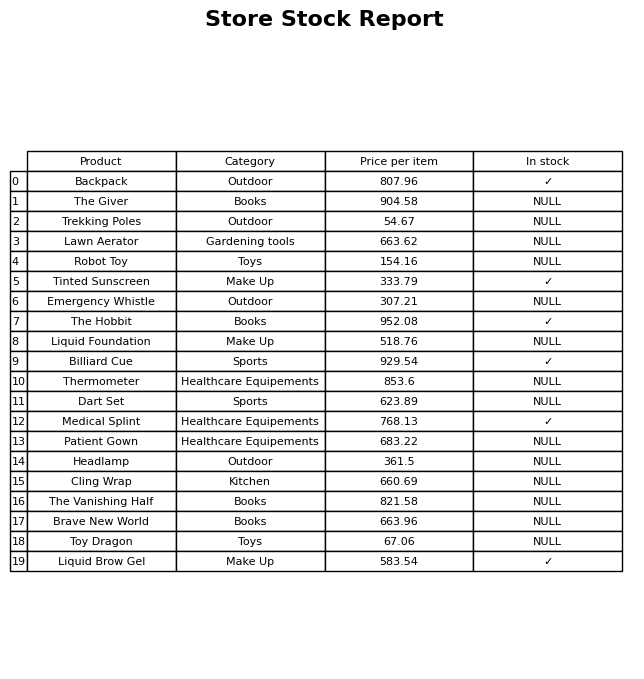
question: What is the stock status of the Patient Gown?
answer: NULL